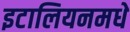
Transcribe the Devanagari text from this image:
इटालियनमधे